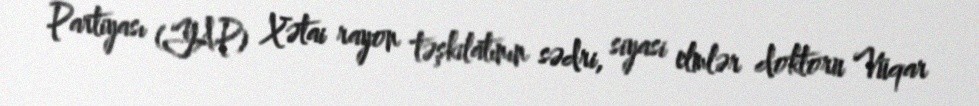
Partiyası (YAP) Xətai rayon təşkilatının sədri, siyasi elmlər doktoru Vüqar